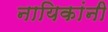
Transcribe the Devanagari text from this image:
नायिकांनी